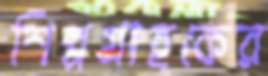
শিল্পগ্রাহকের